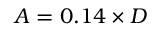
A = 0 . 1 4 \times D